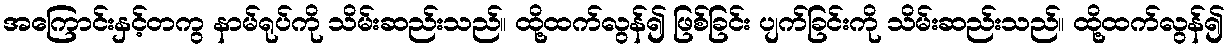
အကြောင်းနှင့်တကွ နာမ်ရုပ်ကို သိမ်းဆည်းသည်။ ထို့ထက်လွန်၍ ဖြစ်ခြင်း ပျက်ခြင်းကို သိမ်းဆည်းသည်။ ထို့ထက်လွန်၍